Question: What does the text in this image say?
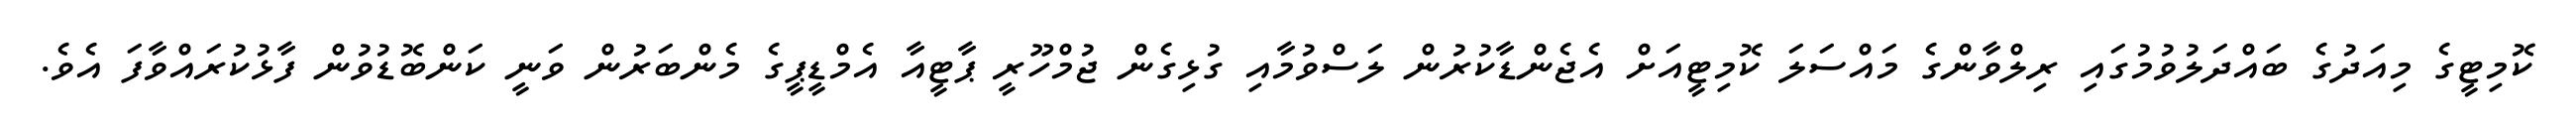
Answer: ކޮމިޓީގެ މިއަދުގެ ބައްދަލުވުމުގައި ރިލްވާންގެ މައްސަލަ ކޮމިޓީއަށް އެޖެންޑާކުރުން ލަސްވުމާއި ގުޅިގެން ޖުމްހޫރީ ޕާޓީއާ އެމްޑީޕީގެ މެންބަރުން ވަނީ ކަންބޮޑުވުން ފާޅުކުރައްވާފަ އެވެ.